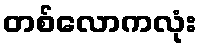
တစ်လောကလုံး